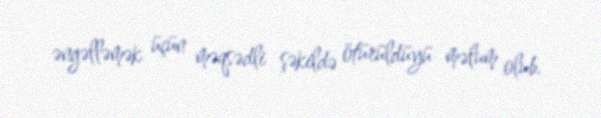
əngəlləmək üçün məqsədli şəkildə ötürüldüyü məlum olub.